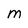
Character: M